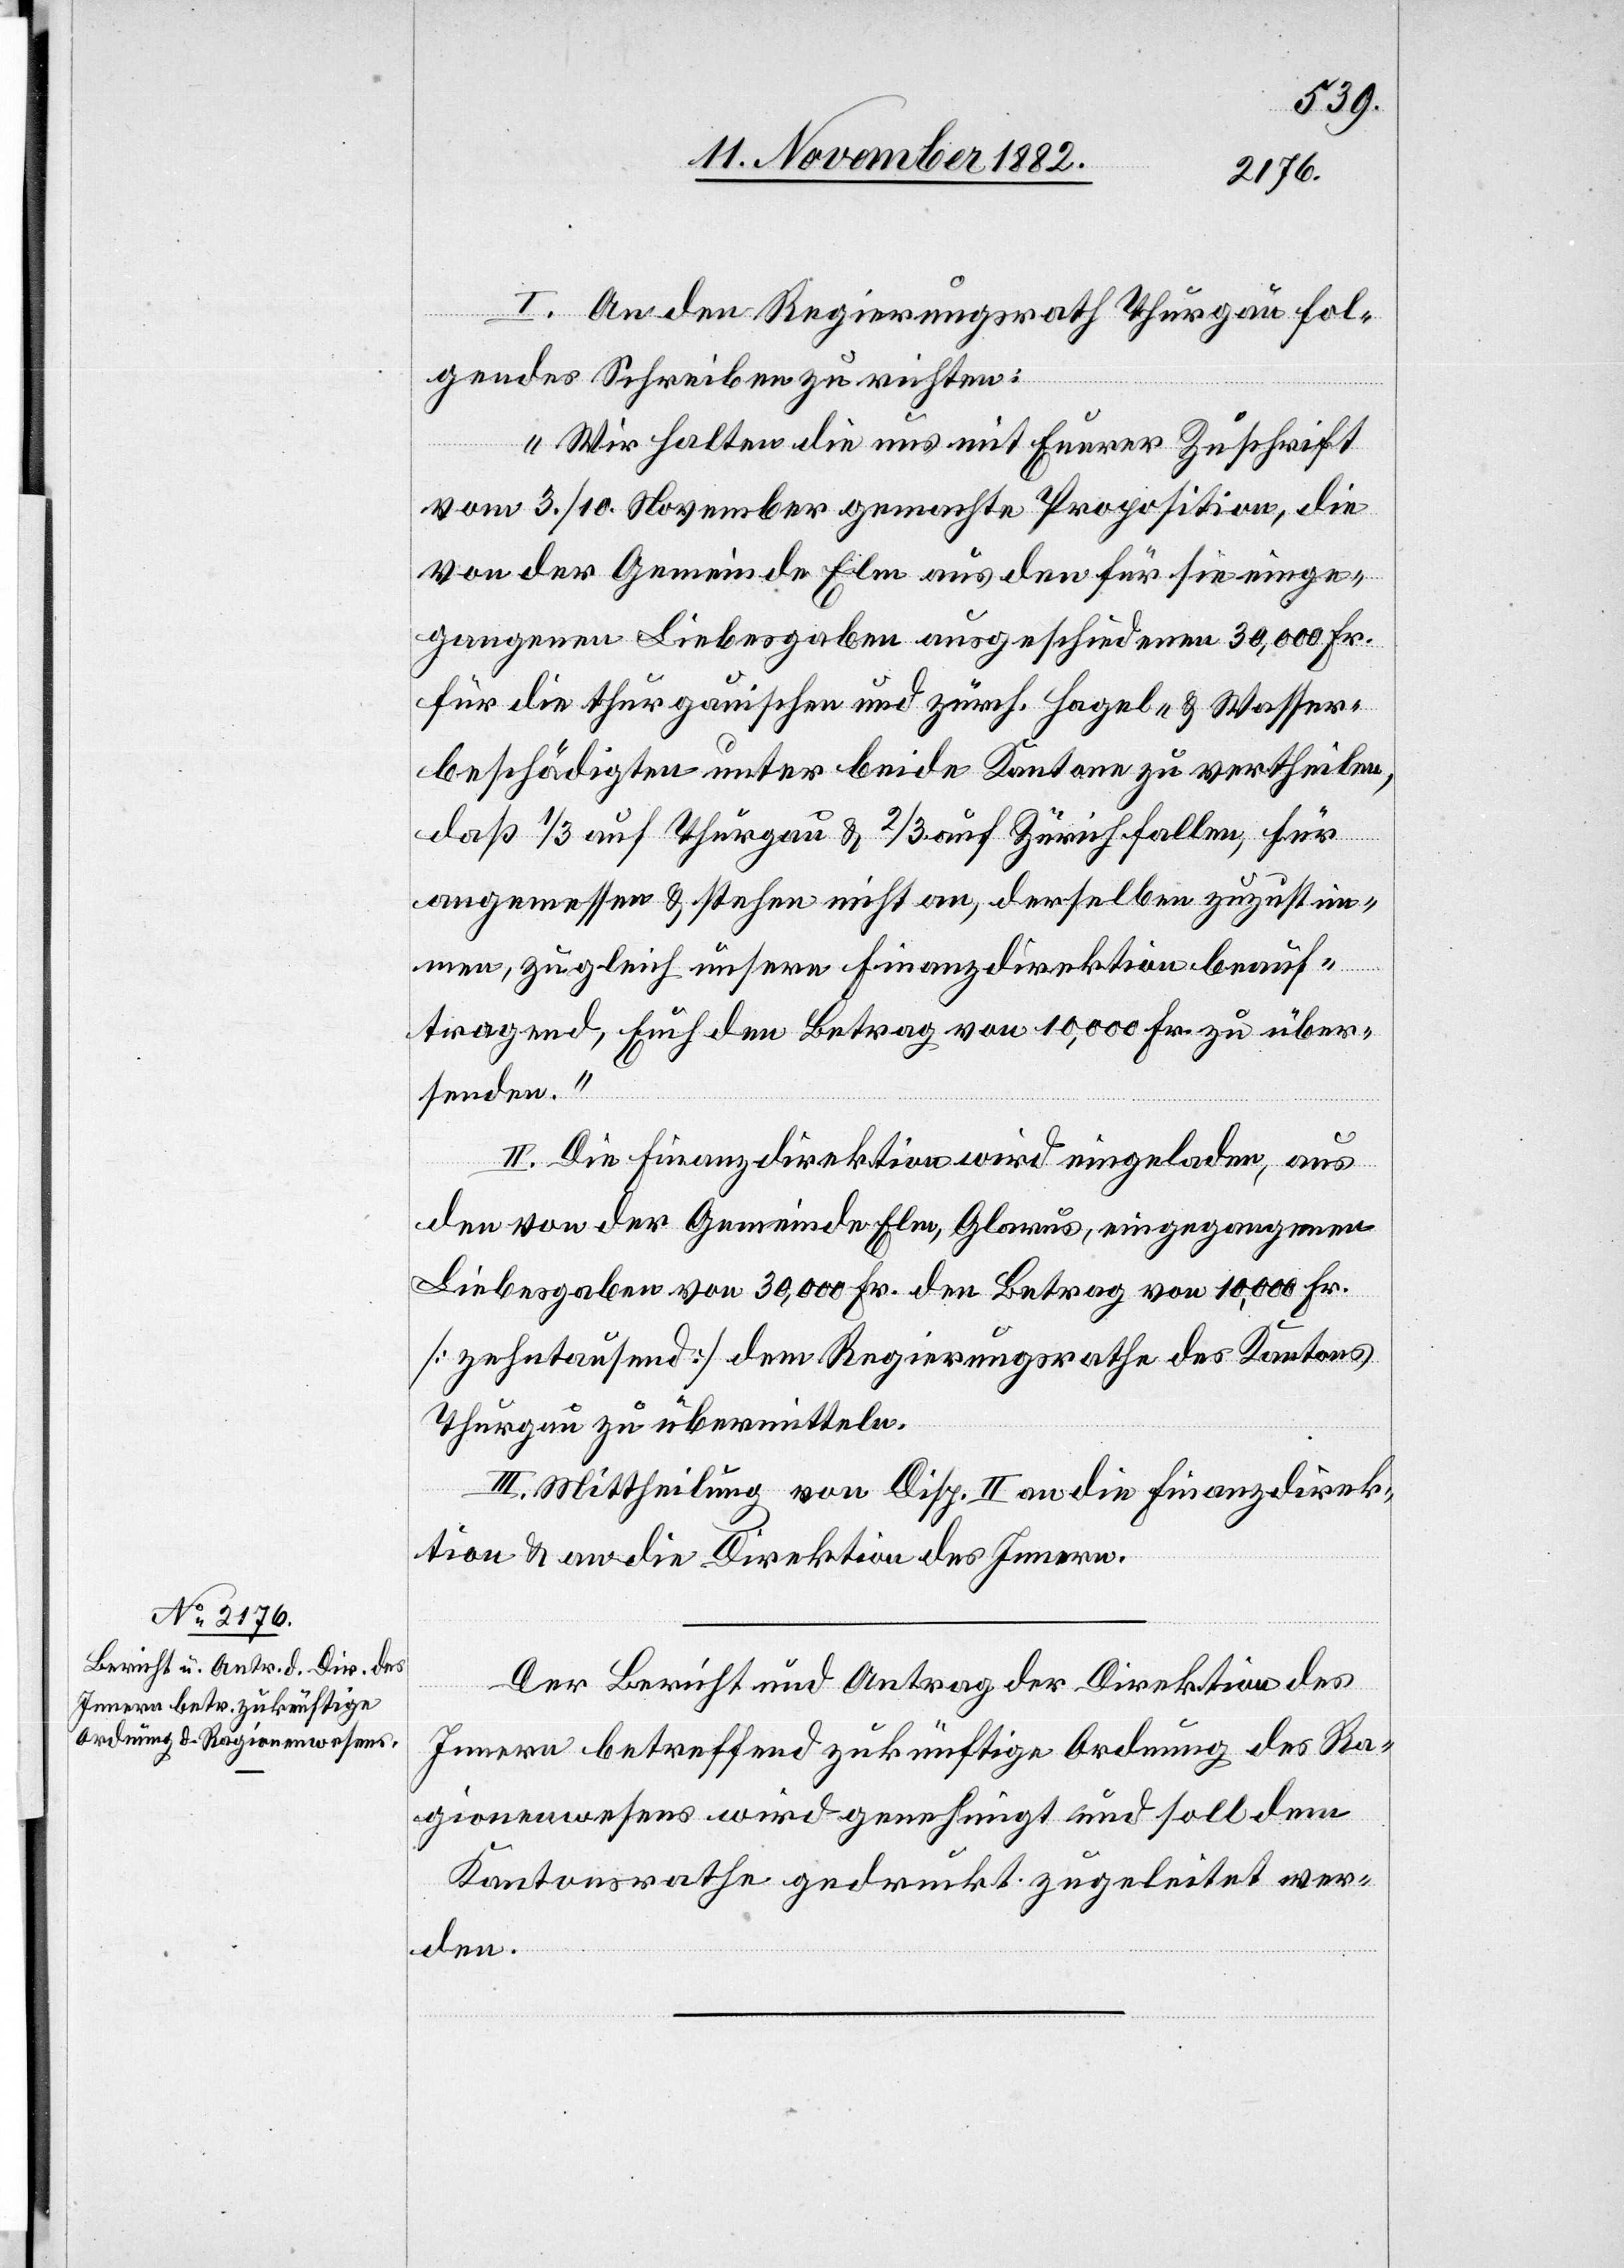
I. An den Regierungsrath Thurgau fol¬
gendes Schreiben zu richten:
„Wir halten die uns mit Euerer Zuschrift
vom 3./10. November gemachte Proposition, die
von der Gemeinde Elm aus den für sie einge¬
gangenen Liebesgaben ausgeschiedenen 30,000 Fr.
für die thurgauischen und zürch. Hagel- & Wasser¬
beschädigten unter beide Kantone zu vertheilen,
daß 1/3 auf Thurgau & 2/3 auf Zürich fallen, für
angemessen & stehen nicht an, derselben zuzustim¬
men, zugleich unsere Finanzdirektion beauf¬
tragend, Euch den Betrag von 10,000 Fr. zu über¬
senden.“
II. Die Finanzdirektion wird eingeladen, aus
den von der Gemeinde Elm, Glarus, eingegangenen
Liebesgaben von 30,000 Fr. den Betrag von 10,000 Fr.
[zehntausend] dem Regierungsrathe des Kantons
Thurgau zu übermitteln.
III. Mittheilung an Disp. II an die Finanzdirek¬
tion & an die Direktion des Innern.
Der Bericht und Antrag der Direktion des
Innern betreffend zukünftige Ordnung des Re¬
gierungswesens wird genehmigt und soll dem
Kantonsrathe gedruckt zugeleitet wer¬
den.